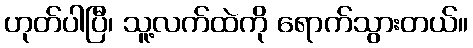
ဟုတ်ပါပြီ၊ သူ့လက်ထဲကို ရောက်သွားတယ်။